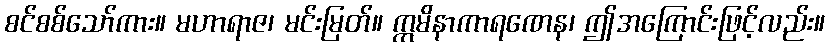
စင်စစ်သော်ကား။ မဟာရာဇ၊ မင်းမြတ်။ ဣမိနာကာရဏေန၊ ဤအကြောင်းဖြင့်လည်း။